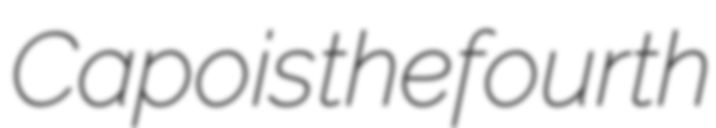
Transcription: Capo is the fourth